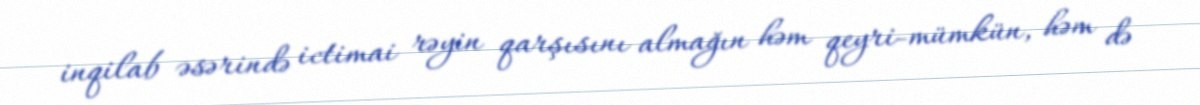
inqilab əsərində ictimai rəyin qarşısını almağın həm qeyri-mümkün, həm də